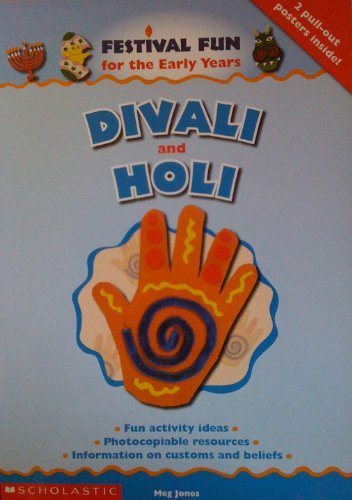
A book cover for Divali and Holi (Festival Fun for the Early Years); Meg Jones; Children's Books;